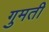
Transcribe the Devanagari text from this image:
गुमती